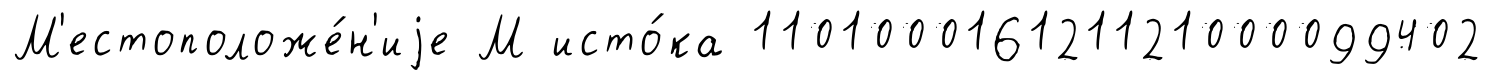
М'естоположе́н'иjе М исто́ка 110100016121121000099402